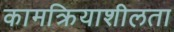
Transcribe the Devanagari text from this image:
कामक्रियाशीलता